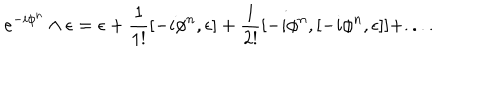
e ^ { - i \phi ^ { n } } \wedge \epsilon = \epsilon + \frac { 1 } { 1 ! } [ - i \phi ^ { n } , \epsilon ] + \frac { 1 } { 2 ! } [ - i \phi ^ { n } , [ - i \phi ^ { n } , \epsilon ] ] + . . . . \nonumber